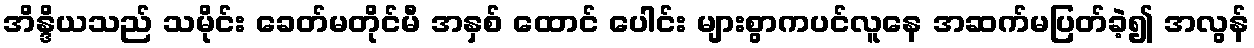
အိန္ဒိယသည် သမိုင်း ခေတ်မတိုင်မီ အနှစ် ထောင် ပေါင်း များစွာကပင်လူနေ အဆက်မပြတ်ခဲ့၍ အလွန်